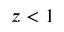
z < 1